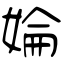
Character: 婨